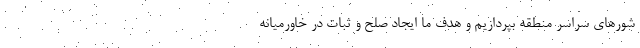
شورهای سراسر منطقه بپردازیم و هدف ما ایجاد صلح و ثبات در خاورمیانه